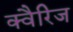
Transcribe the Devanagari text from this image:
क्वैरिज